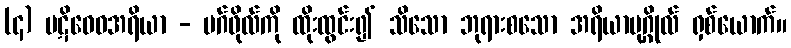
(၄) ပဋိဝေဓအရိယာ - မဂ်ဖိုလ်ကို ထိုးထွင်း၍ သိသော ဘုရားစသော အရိယာပုဂ္ဂိုလ် ရှစ်ယောက်။